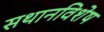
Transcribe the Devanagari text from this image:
सथानविशेष